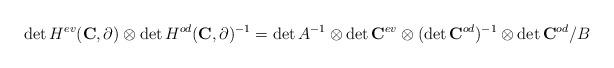
LaTeX: \begin{align*}\det H^{ev}(\mathbf C, \partial) \otimes \det H^{od}(\mathbf C, \partial)^{-1} = \det A ^{-1}\otimes \det \mathbf{C}^{ev}\otimes (\det \mathbf{C}^{od})^{-1}\otimes \det \mathbf{C}^{od}/B\end{align*}